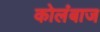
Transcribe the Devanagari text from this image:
कोलंबाज